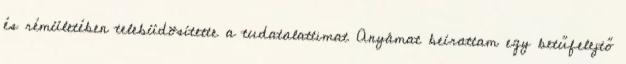
és rémületében telebüdösítette a tudatalattimat Anyámat beírattam egy betűfelejtő